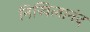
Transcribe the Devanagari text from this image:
निखिलानंद